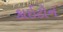
કાઈટોન